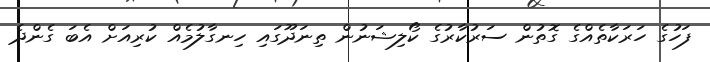
ފަހުގެ ހަރަކާތެއްގެ ގޮތުން ސަރުކާރުގެ ކޯލިޝަނުން ތިނަދޫގައި ހިނގާލުމެއް ކުރިއަށް އެބަ ގެންދެ